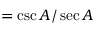
= { \csc A / \sec A }